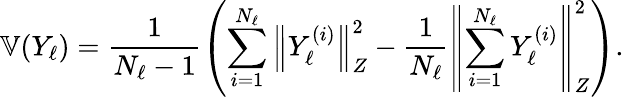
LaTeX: \mathbb{V}(Y_{\ell})=\frac{1}{N_{\ell}-1}\left(\sum_{i=1}^{N_{\ell}}\left\Vert Y_{\ell}^{(i)}\right\Vert_{Z}^{2}-\frac{1}{N_{\ell}}\left\Vert\sum_{i=1}^{N_{\ell}}Y_{\ell}^{(i)}\right\Vert_{Z}^{2}\right).